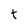
Character: t